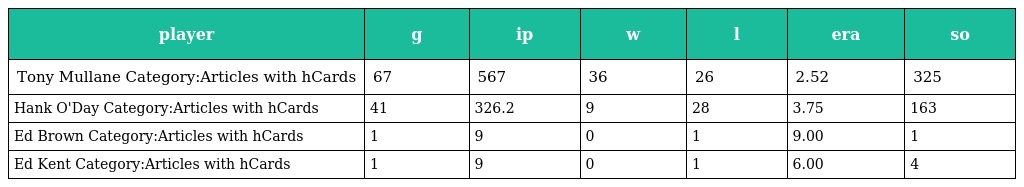
| player | g | ip | w | l | era | so |
 | --- | --- | --- | --- | --- | --- | --- |
 | Tony Mullane Category:Articles with hCards | 67 | 567 | 36 | 26 | 2.52 | 325 |
 | Hank O'Day Category:Articles with hCards | 41 | 326.2 | 9 | 28 | 3.75 | 163 |
 | Ed Brown Category:Articles with hCards | 1 | 9 | 0 | 1 | 9.00 | 1 |
 | Ed Kent Category:Articles with hCards | 1 | 9 | 0 | 1 | 6.00 | 4 |